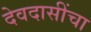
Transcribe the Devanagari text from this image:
देवदासींचा